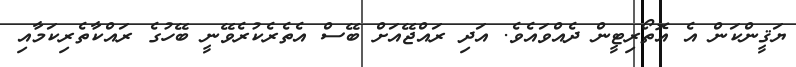
ޔަޤީންކަން އެ އޮތޯރިޓީން ދެއްވައެވެ. އަދި ރައްޖޭއަށް ބޭސް އެތެރެކުރެވޭނީ ބޭހުގެ ރައްކާތެރިކަމާއި